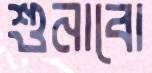
শুনাবো